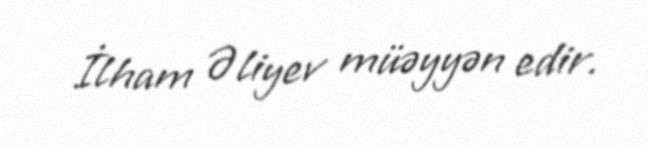
İlham Əliyev müəyyən edir.